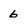
Character: 6